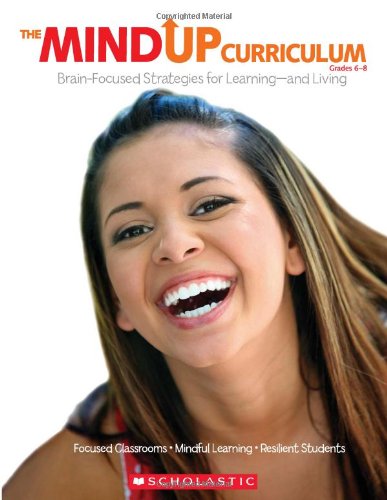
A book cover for The MindUP Curriculum: Grades 6EE8: Brain-Focused Strategies for LearningEEand Living; The Hawn Foundation; Education & Teaching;